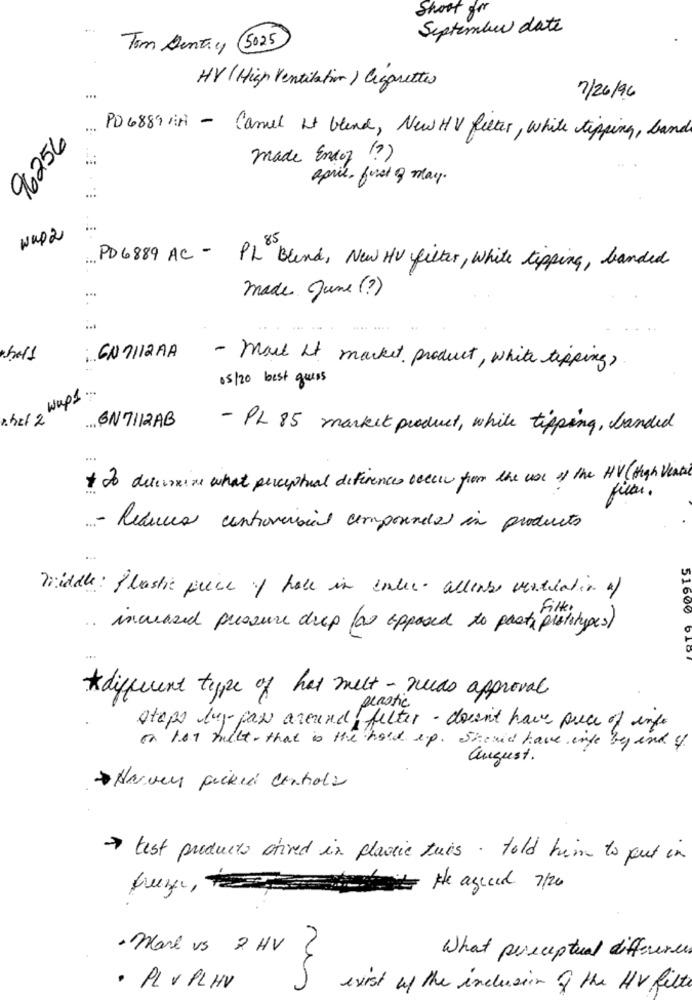
Short for
September date
Tom Dentiy (5025
HV (High Ventilation) Cigarettes
7/26/96
...
96256
PD6889 HA - Camel It blend, New HV felter, white tipping, band
made Endof (?)
april, foret & may.
wap2
PD 6889 AC - PL Blend, New HV filter, white tipping, landed
made June (?)
.....
: GN7112AA
- mart It market product, white tipping?
05/20 best guess
wap1 ...
... ON7112AB
- PL 85 market product, while tipping, banded
...
To determine what perceptual diferences ceece from the use of the HV (High Viabir
filar.
...- Reduces controversial componendas in productos
middle: Plastic price of hate in inter- allense ventilation of
51600
.. increased pressure deep for opposed to past prototypes)
*different type of has melt - nuas approval
plastic
Stops buy fax around felter - down't have piece of info
on 107 fullt- that is the hold up. Should have inte by end of
august.
Harvey picked Controla
> test products ctived in plastic this. told him to put in
He agreed 7/20
- Mare vs 2 HV
2
What preceptual difference
· PL V PLHV
exist of the inclusion of the HV filte